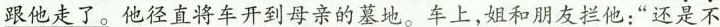
\underline{跟他走了。}他径直将车开到母亲的墓地。车上,姐和朋友拦他:“还是不